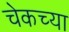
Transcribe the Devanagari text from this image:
चेकच्या